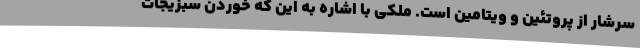
سرشار از پروتئین و ویتامین است. ملکی با اشاره به این که خوردن سبزیجات